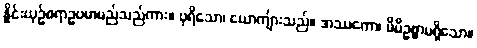
နှိုင်းယှဉ်စရာဥပမာမည်သည်ကား။ ပုရိသော၊ ယောကျ်ားသည်။ အဿကော၊ မိမိဥစ္စာမရှိသော။